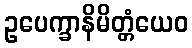
ဥပေက္ခာနိမိတ္တံယေဝ